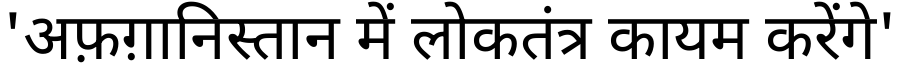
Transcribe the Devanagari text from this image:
'अफ़ग़ानिस्तान में लोकतंत्र कायम करेंगे'